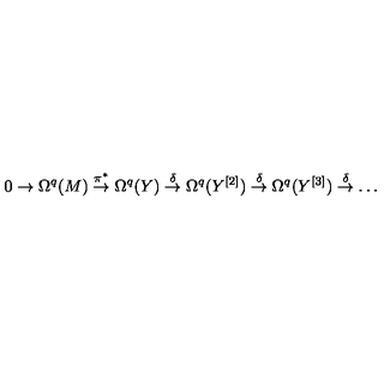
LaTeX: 0 \to \Omega ^ { q } ( M ) \stackrel { \pi ^ { * } } { \to } \Omega ^ { q } ( Y ) \stackrel { \delta } { \to } \Omega ^ { q } ( Y ^ { [ 2 ] } ) \stackrel { \delta } { \to } \Omega ^ { q } ( Y ^ { [ 3 ] } ) \stackrel { \delta } { \to } \dots